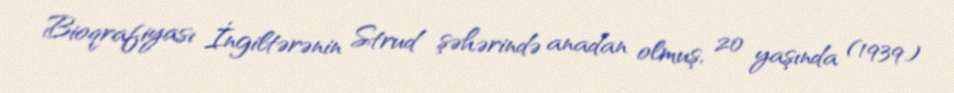
Bioqrafiyası İngiltərənin Strud şəhərində anadan olmuş, 20 yaşında (1939)